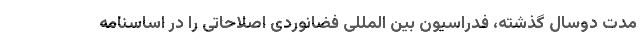
مدت دوسال گذشته، فدراسیون بین المللی فضانوردی اصلاحاتی را در اساسنامه